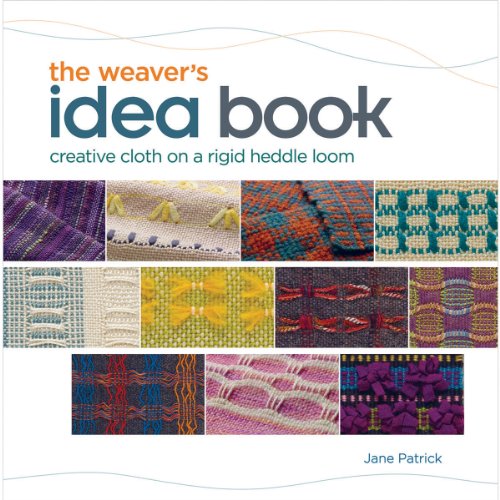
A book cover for The Weaver's Idea Book: Creative Cloth on a Rigid Heddle Loom; Jane Patrick; Crafts, Hobbies & Home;